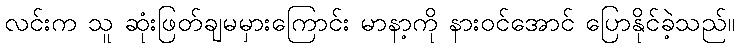
လင်းက သူ ဆုံးဖြတ်ချမမှားကြောင်း မာနာ့ကို နားဝင်အောင် ပြောနိုင်ခဲ့သည်။